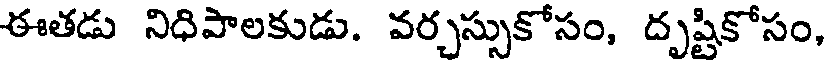
ఈతడు నిధిపాలకుడు. వర్చస్సుకోసం, దృష్టికోసం,